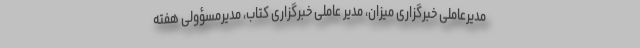
مدیرعاملی خبرگزاری میزان، مدیر عاملی خبرگزاری کتاب، مدیرمسؤولی هفته